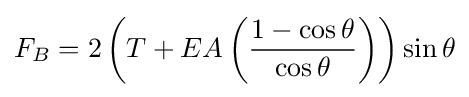
F_{B}=2\left(T+EA\left({\frac {1-\cos \theta }{\cos \theta }}\right)\right)\sin \theta